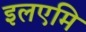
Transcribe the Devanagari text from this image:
इलएमि